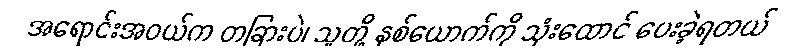
အရောင်းအဝယ်က တခြားပဲ၊ သူတို့ နှစ်ယောက်ကို သုံးထောင် ပေးခဲ့ရတယ်